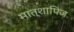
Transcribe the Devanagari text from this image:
मात्शापिज